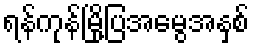
ရန်ကုန်မြို့ပြအမွေအနှစ်